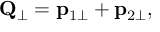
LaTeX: { \bf Q } _ { \perp } = { \bf p } _ { 1 \perp } + { \bf p } _ { 2 \perp } ,